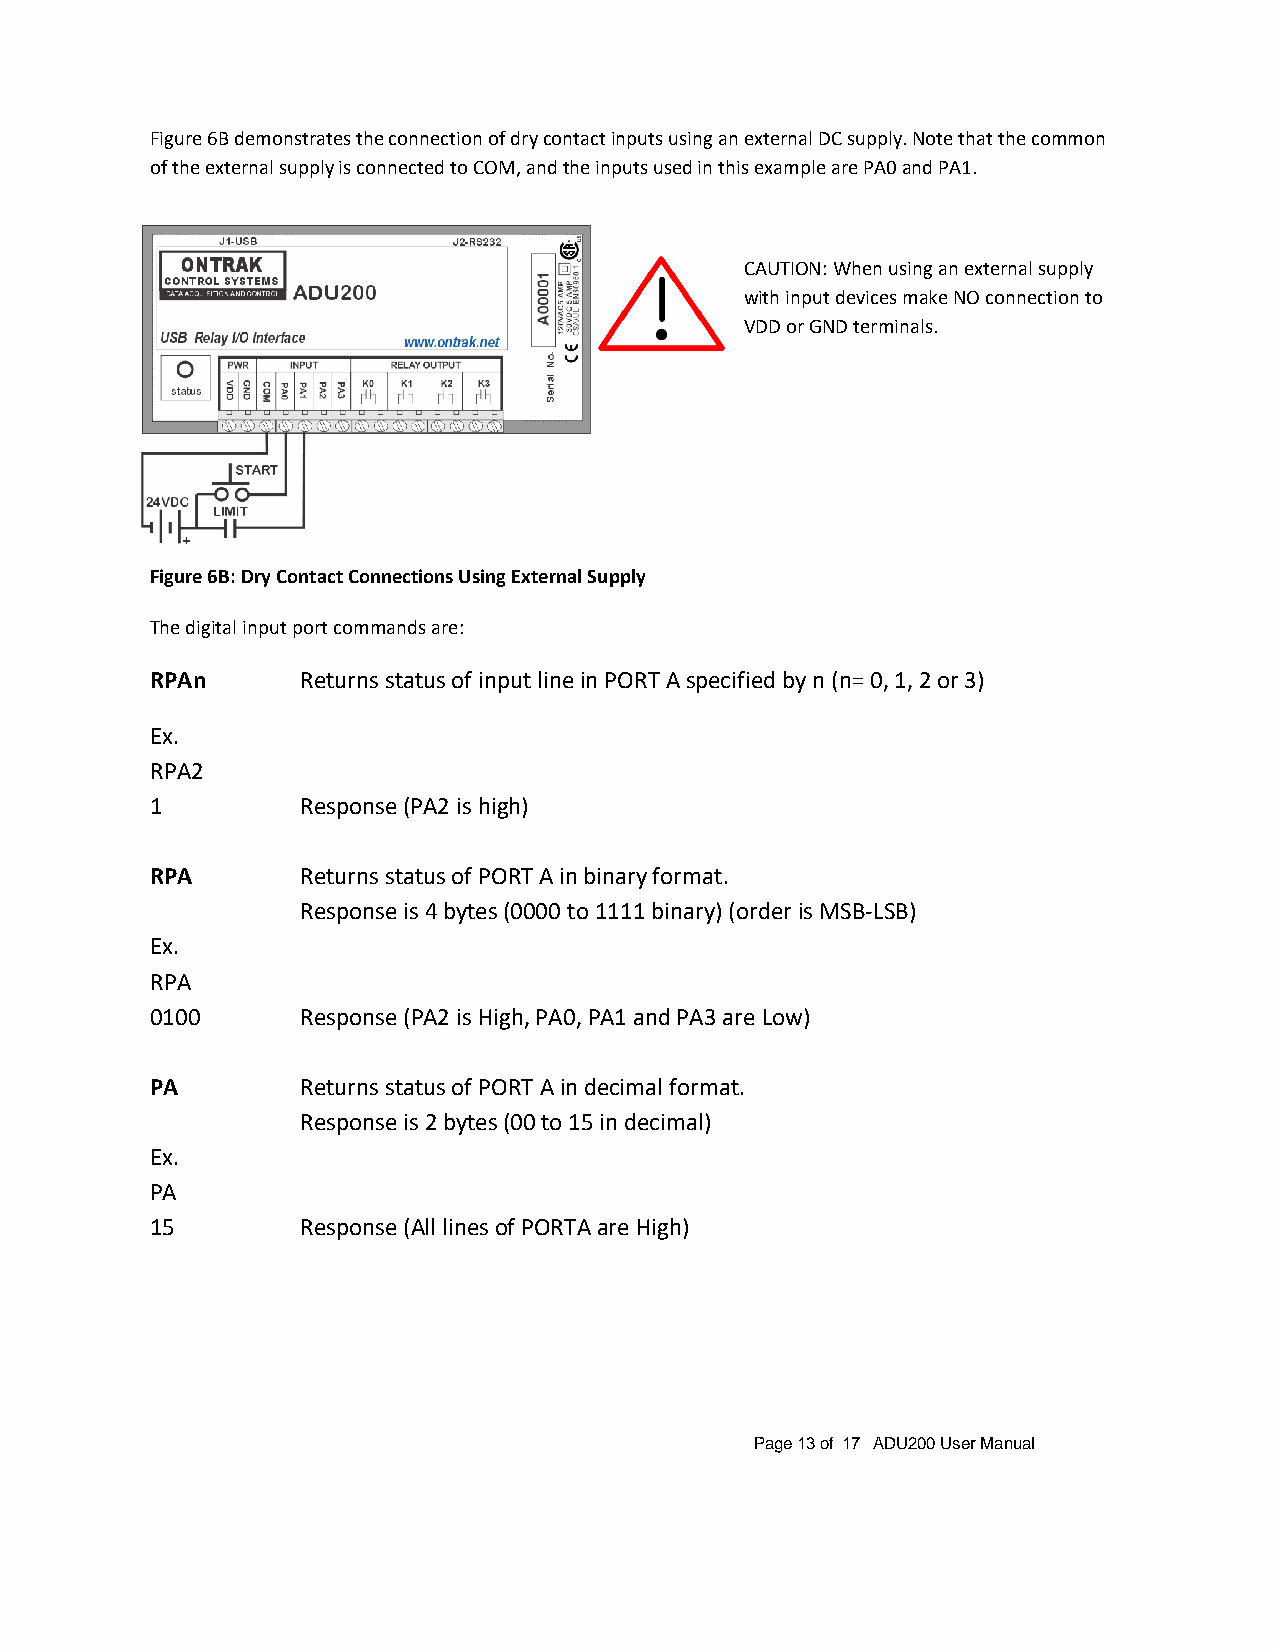
Figure 6B demonstrates the connection of dry contact inputs using an external DC supply. Note that the common
 of the external supply is connected to COM, and the inputs used in this example are PA0 and PA1.
 CAUTION: When using an external supply
 with input devices make NO connection to
 VDD or GND terminals.
 Figure 6B: Dry Contact Connections Using External Supply
 The digital input port commands are:
 RPAn      Returns status of input line in PORT A specified by n (n= 0, 1, 2 or 3)
 Ex.
 RPA2
 1         Response (PA2 is high)
 RPA       Returns status of PORT A in binary format.
 Response is 4 bytes (0000 to 1111 binary) (order is MSB-LSB)
 Ex.
 RPA
 0100      Response (PA2 is High, PA0, PA1 and PA3 are Low)
 PA        Returns status of PORT A in decimal format.
 Response is 2 bytes (00 to 15 in decimal)
 Ex.
 PA
 15        Response (All lines of PORTA are High)
 Page 13 of 17 ADU200 User Manual